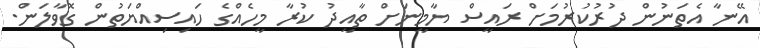
އޭނާ އެތަނުން ދުރުކުރުމަށް ރައީސް ޔާމީނަށް ތާއީދު ކުރާ މީހެއްގެ ހައިސިއްޔަތުން ގޮވާލަން.